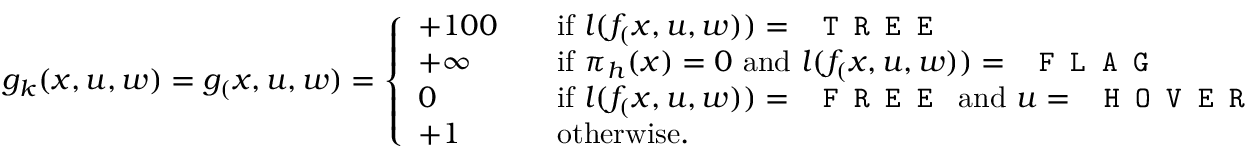
g _ { k } ( x , u , w ) = g _ ( x , u , w ) = \left\{ \begin{array} { l l } { + 1 0 0 \quad } & { \mathrm { i f ~ } l ( f _ ( x , u , w ) ) = \mathrm { ~ \texttt { T R E E } } } \\ { + \infty } & { \mathrm { i f ~ } \pi _ { h } ( x ) = 0 \mathrm { ~ a n d ~ } l ( f _ ( x , u , w ) ) = \mathrm { ~ \texttt { F L A G } } } \\ { 0 } & { \mathrm { i f ~ } l ( f _ ( x , u , w ) ) = \mathrm { ~ \texttt { F R E E } ~ a n d ~ } u = \mathrm { ~ \texttt { H O V E R } } } \\ { + 1 } & { \mathrm { o t h e r w i s e } . } \end{array} \right.